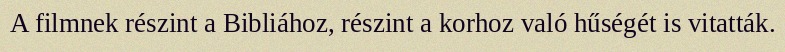
A filmnek részint a Bibliához, részint a korhoz való hűségét is vitatták.